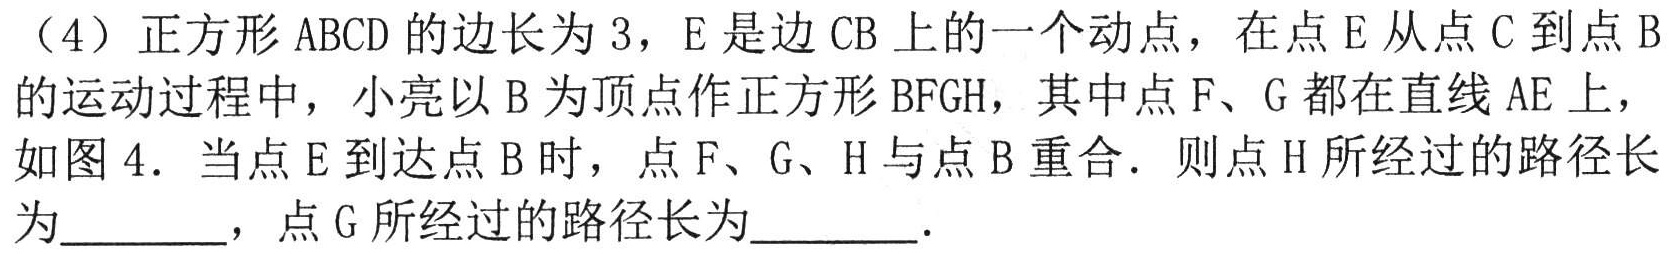
（4）正方形 \(ABCD\) 的边长为 \(3\)，\(E\) 是边 \(CB\) 上的一个动点，在点 \(E\) 从点 \(C\) 到点 \(B\) 的运动过程中，小亮以 \(B\) 为顶点作正方形 \(BFGH\)，其中点 \(F\)、\(G\) 都在直线 \(AE\) 上，如图 \(4\)．当点 \(E\) 到达点 \(B\) 时，点 \(F\)、\(G\)、\(H\) 与点 \(B\) 重合．则点 \(H\) 所经过的路径长为________，点 \(G\) 所经过的路径长为________．